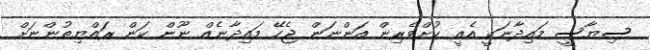
ސިޔާސީ މައިދާނަކީ އެއީ ކުށްވެރިން އަންނަން ޖެހޭ މައިދާނެއް ނޫން ކަން ރައްޔިތުންނަށް